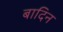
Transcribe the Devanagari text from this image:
बादिन